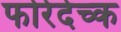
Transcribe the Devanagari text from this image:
फोरेदेच्क